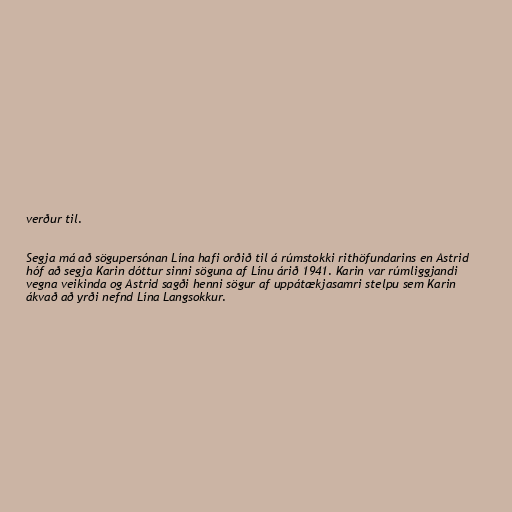
verður til.

Segja má að sögupersónan Lína hafi orðið til á rúmstokki rithöfundarins en Astrid
hóf að segja Karin dóttur sinni söguna af Línu árið 1941. Karin var rúmliggjandi
vegna veikinda og Astrid sagði henni sögur af uppátækjasamri stelpu sem Karin
ákvað að yrði nefnd Lína Langsokkur.